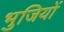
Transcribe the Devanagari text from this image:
भुजियों